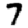
Digit: 7